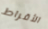
الأقراط